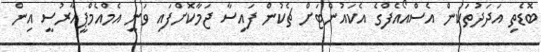
ބޮޑެތި އަދަދުތަކުން އެސްއޯއެފްގެ އެކައުންޓަށް ޗެކުން ފައިސާ ޖަމާކޮށްފައި ވަނީ އެމްއެމްޕީއާރުސީ އިން